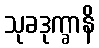
သုခဒုက္ခာနိ